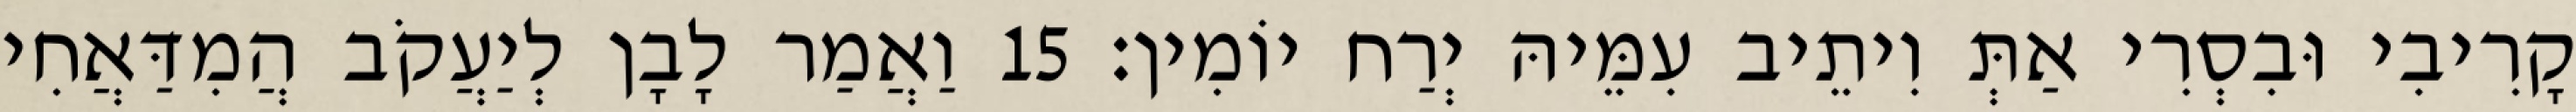
קָרִיבִי וּבִסְרִי אַתְּ וִיתֵיב עִמֵּיהּ יְרַח יוֹמִין׃ 15 וַאֲמַר לָבָן לְיַעֲקֹב הֲמִדַּאֲחִי